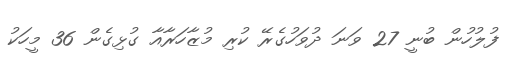
ފުލުހުން ބުނީ 27 ވަނަ ދުވަހުގެރޭ ކުރި މުޒާހަރާއާ ގުޅިގެން 36 މީހަކު